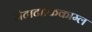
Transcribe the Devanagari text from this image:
मेटाटांकिकाम्ल